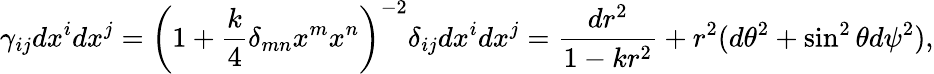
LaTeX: \gamma_{ij}dx^{i}dx^{j}=\left(1+{\frac{k}{4}}\delta_{mn}x^{m}x^{n}\right)^{-2}\delta_{ij}dx^{i}dx^{j}={\frac{dr^{2}}{1-kr^{2}}}+r^{2}(d\theta^{2}+\sin^{2}\theta d\psi^{2}),